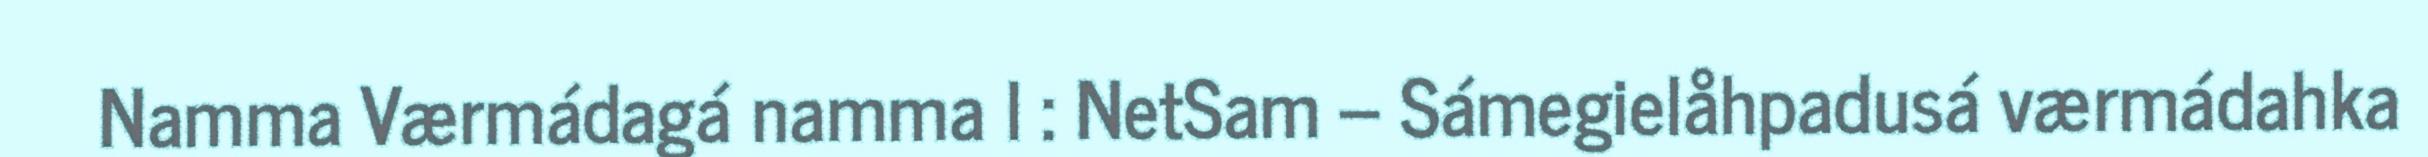
Namma Værmádagá namma l : NetSam – Sámegielåhpadusá værmádahka